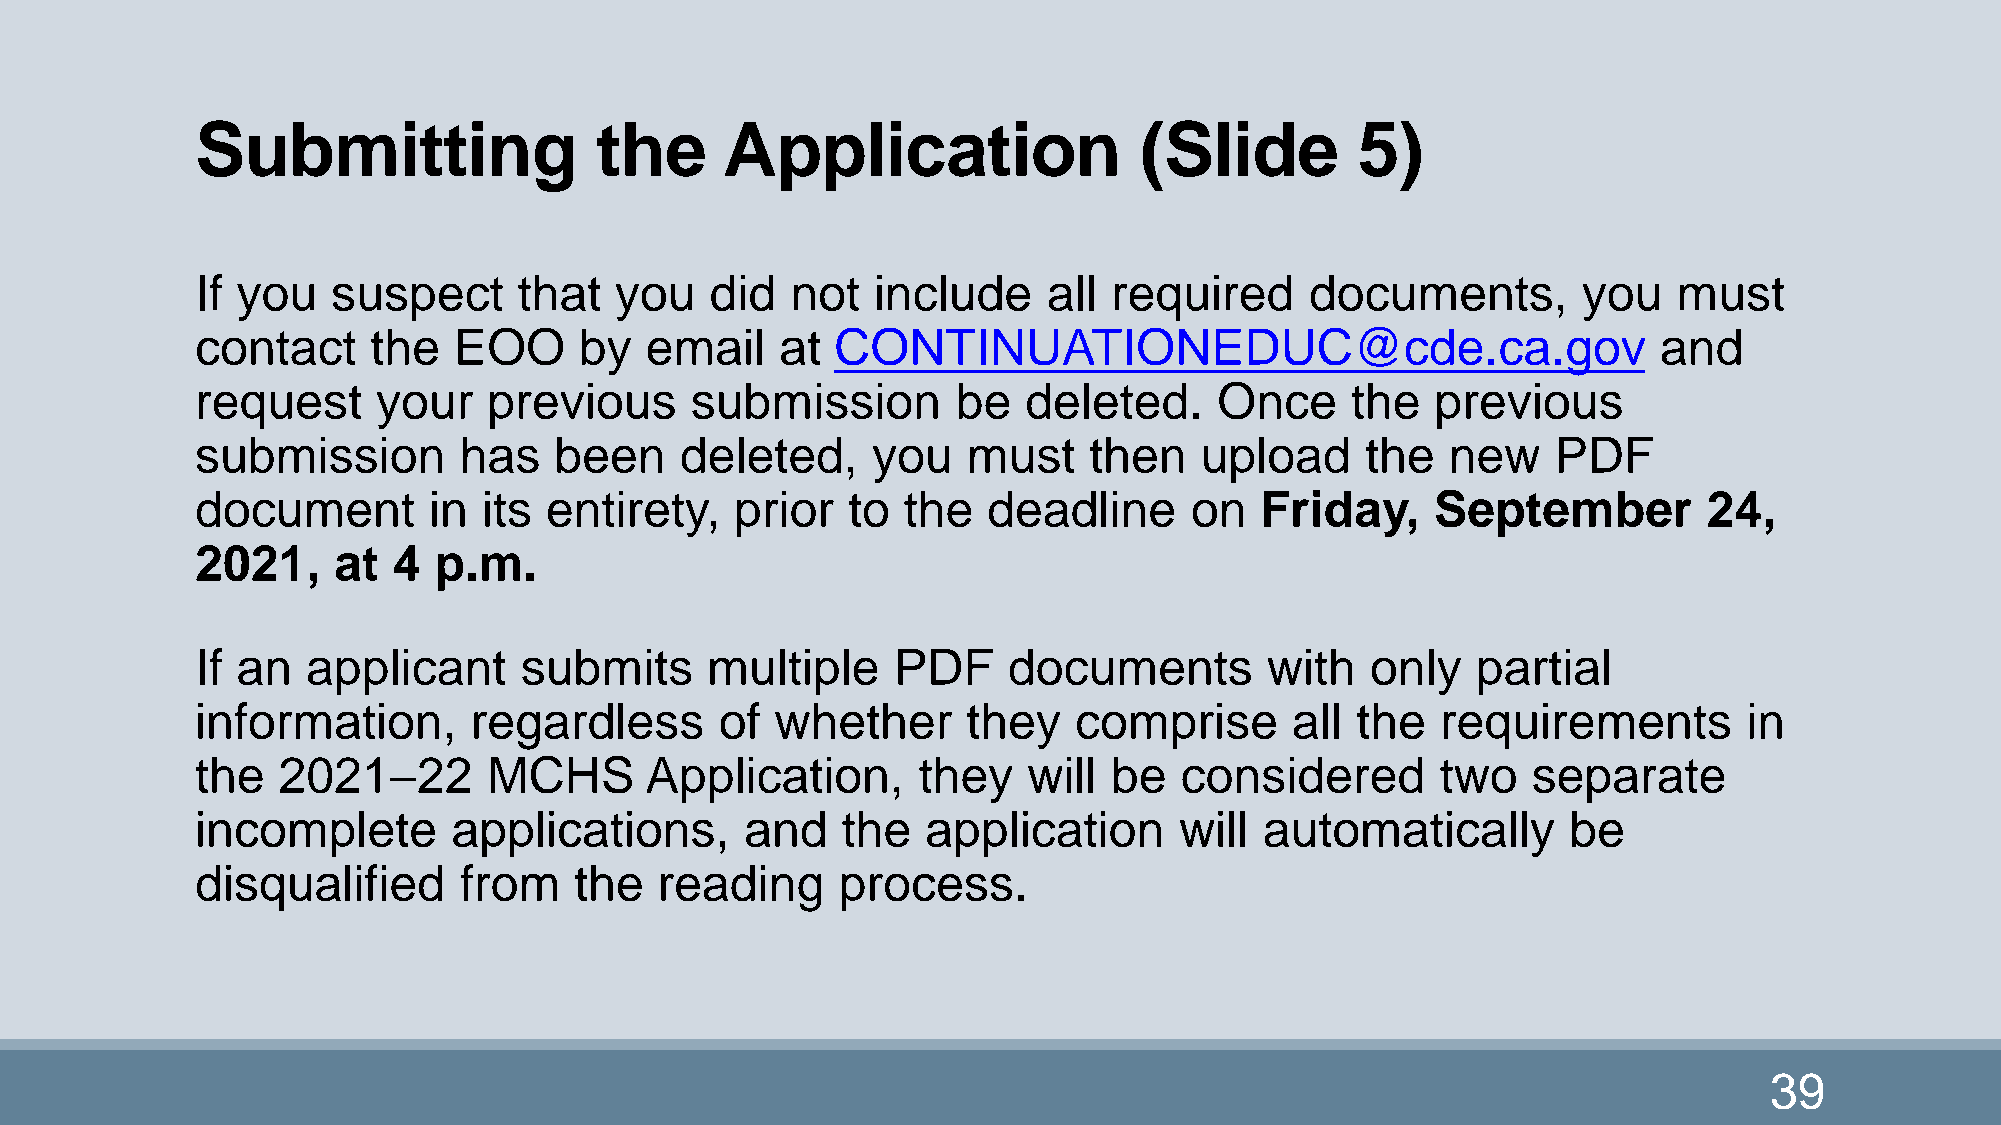
Submitting                the      Application                (Slide         5)
 If you   suspect     that   you   did  not   include    all  required     documents,        you   must
 contact     the  EOO     by   email    at CONTINUATIONEDUC@cde.ca.gov                            and
 request     your   previous      submission       be   deleted.     Once    the   previous
 submission       has    been    deleted,     you   must    then   upload     the   new    PDF
 document       in  its entirety,    prior  to  the  deadline      on  Friday,     September         24,
 2021,    at  4  p.m.
 If an  applicant     submits      multiple    PDF     documents        with   only   partial
 information,      regardless       of whether      they   comprise      all  the  requirements         in
 the  202122       MCHS       Application,      they   will  be  considered       two   separate
 incomplete       applications,      and    the  application      will  automatically       be
 disqualified     from    the   reading     process.
 39